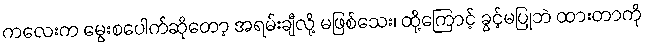
ကလေးက မွေးစပေါက်ဆိုတော့ အရမ်းချီလို့ မဖြစ်သေး၊ ထို့ကြောင့် ခွင့်မပြုဘဲ ထားတာကို